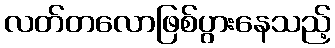
လတ်တလောဖြစ်ပွားနေသည့်